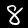
Label: 8